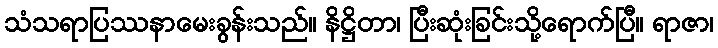
သံသရာပြဿနာမေးခွန်းသည်။ နိဋ္ဌိတာ၊ ပြီးဆုံးခြင်းသို့ရောက်ပြီ။ ရာဇာ၊